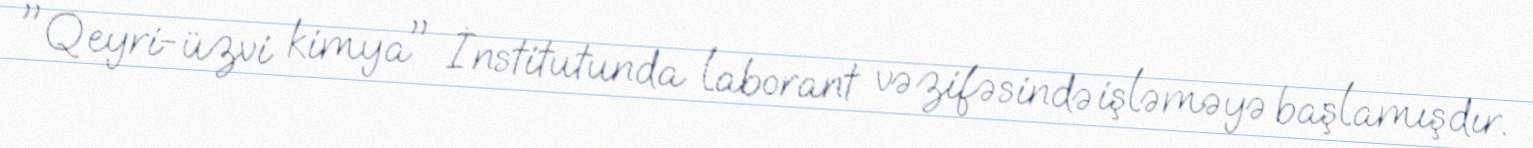
"Qeyri-üzvi kimya" İnstitutunda laborant vəzifəsində işləməyə başlamışdır.